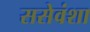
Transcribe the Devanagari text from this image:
ससेवंशा